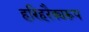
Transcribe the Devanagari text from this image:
हरिहरैक्यरूप